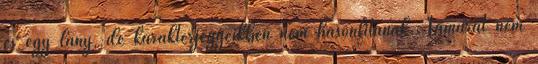
és egy lány, de karakterjegyeikben nem hasonlítanak. Tamarát nem